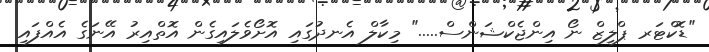
"ޑޮކްޓަރ ޕްލީޒް ނޯ އިންޖެކްޝަންސް....." މިކާލް އެނދުގައި އޮށޯވެލައިގެން އޮތްއިރު އޭނަގެ އެއްފައި